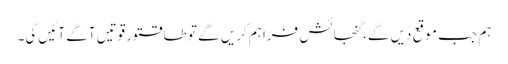
ہم جب موقع دیں گے، گنجائش فراہم کریں گے تو طاقتور قوتیں آگے آئیں گی۔